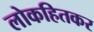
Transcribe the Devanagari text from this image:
लोकहितकर